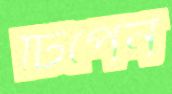
টিপেন